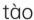
tào